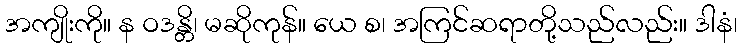
အကျိုးကို။ န ဝဒန္တိ၊ မဆိုကုန်။ ယေ စ၊ အကြင်ဆရာတို့သည်လည်း။ ဒါနံ၊